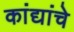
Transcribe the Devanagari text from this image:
कांद्यांचे